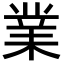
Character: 業